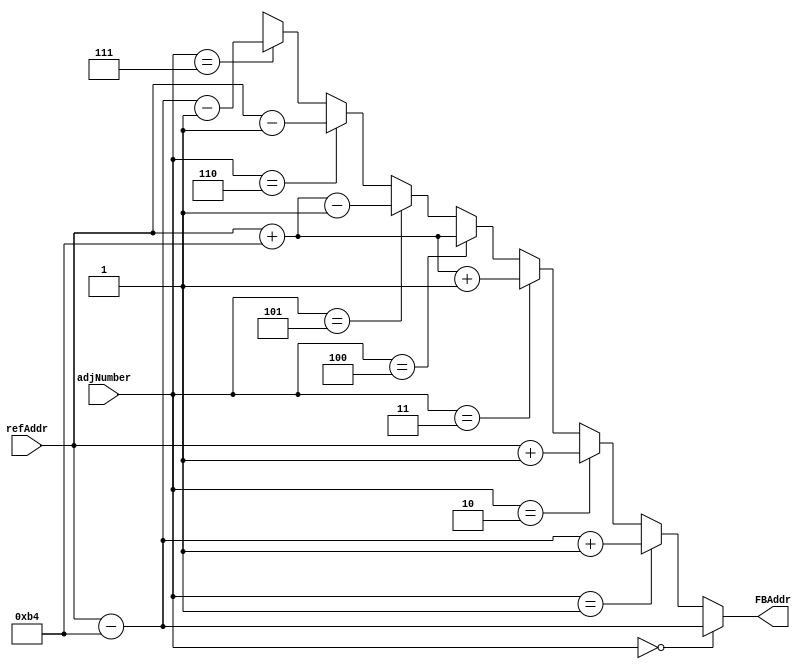
`define COLUMNS 8'd180
`define ROWS 8'd120

module Mat_AddrCal (refAddr, adjNumber, FBAddr);
	input [14:0] refAddr; // 
	input [2:0] adjNumber; //  8  
	output [14:0] FBAddr; // Frame Buffer Input 
	
	assign FBAddr =
		(adjNumber == 4'd0) ? refAddr - `COLUMNS : // 1
		(adjNumber == 4'd1) ? refAddr - `COLUMNS + 1 : // 2
		(adjNumber == 4'd2) ? refAddr + 1 : // 3
		(adjNumber == 4'd3) ? refAddr + `COLUMNS + 1 : // 4
		(adjNumber == 4'd4) ? refAddr + `COLUMNS : // 5
		(adjNumber == 4'd5) ? refAddr + `COLUMNS - 1 : // 6
		(adjNumber == 4'd6) ? refAddr - 1 : // 7
		(adjNumber == 4'd7) ? refAddr - `COLUMNS - 1 : 15'bx; // 8
endmodule